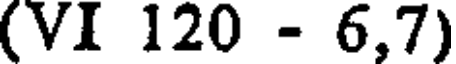
(VI 120 - 6,7)